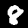
Digit: 8